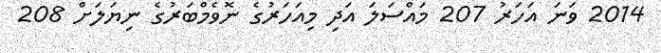
2014 ވަނަ އަހަރު 207 މައްސަލަ އަދި މިއަހަރުގެ ނޮވެމްބަރުގެ ނިޔަލަށް 208